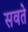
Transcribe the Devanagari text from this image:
सवते